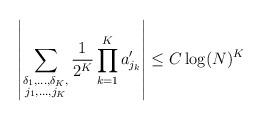
LaTeX: \begin{align*} \left|\sum_{\substack{\delta_1,\ldots,\delta_K,\\ j_1,\ldots,j_K}}\frac{1}{2^K}\prod_{k=1}^Ka'_{j_k}\right|\leq C\log(N)^{K}\end{align*}